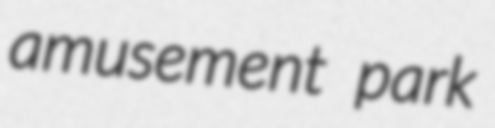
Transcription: amusement park